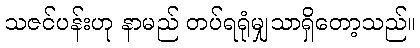
သဇင်ပန်းဟု နာမည် တပ်ရရုံမျှသာရှိတော့သည်။